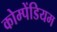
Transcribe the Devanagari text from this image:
कोम्पेंडियम